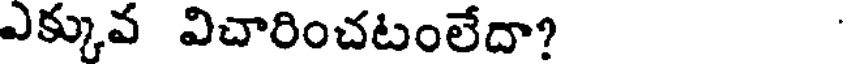
ఎక్కువ విచారించటంలేదా?